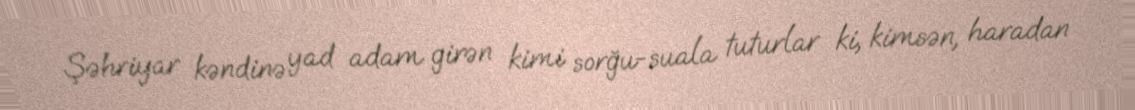
Şəhriyar kəndinə yad adam girən kimi sorğu-suala tuturlar ki, kimsən, haradan